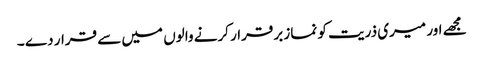
مجھے اور میری ذریت کو نماز برقرار کرنے والوں میں سے قرار دے ۔